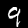
Digit: 9